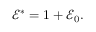
\mathcal { E } ^ { * } = 1 + \mathcal { E } _ { 0 } .